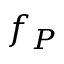
f _ { P }